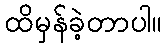
ထိမှန်ခဲ့တာပါ။